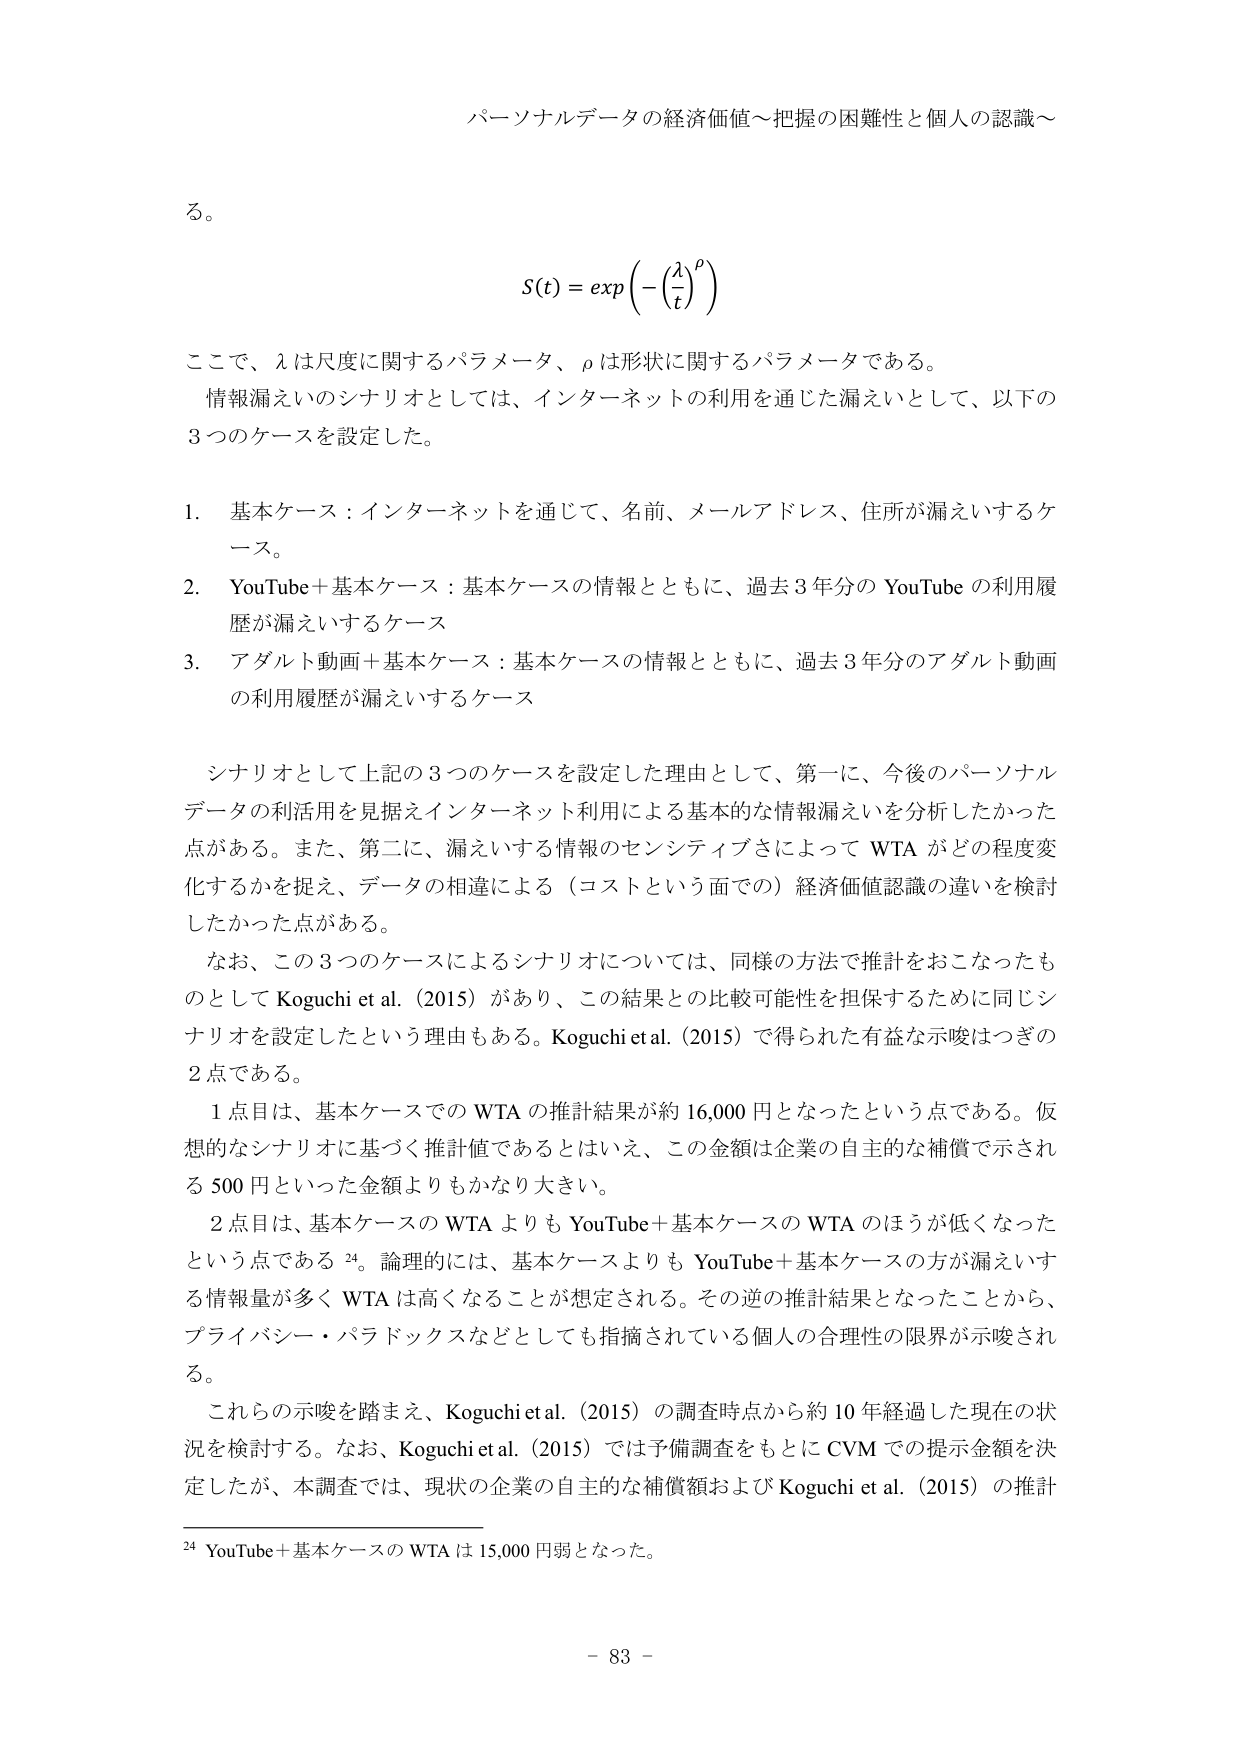
パーソナルデータの経済価値～把握の困難性と個人の認識～

る。

S(t) = exp(−(λ/t)^ρ)

ここで、λは尺度に関するパラメータ、ρは形状に関するパラメータである。

情報漏えいのシナリオとしては、インターネットの利用を通じた漏えいとして、以下の3つのケースを設定した。

1. 基本ケース：インターネットを通じて、名前、メールアドレス、住所が漏えいするケース。

2. YouTube＋基本ケース：基本ケースの情報とともに、過去3年分のYouTubeの利用履歴が漏えいするケース

3. アダルト動画＋基本ケース：基本ケースの情報とともに、過去3年分のアダルト動画の利用履歴が漏えいするケース

シナリオとして上記の3つのケースを設定した理由として、第一に、今後のパーソナルデータの利活用を見据えインターネット利用による基本的な情報漏えいを分析したかった点がある。また、第二に、漏えいする情報のセンシティブさによってWTAがどの程度変化するかを捉え、データの相違による（コストという面での）経済価値認識の違いを検討したかった点がある。

なお、この3つのケースによるシナリオについては、同様の方法で推計をおこなったものとしてKoguchi et al. (2015)があり、この結果との比較可能性を担保するために同じシナリオを設定したという理由もある。Koguchi et al. (2015)で得られた有益な示唆はつぎの2点である。

1点目は、基本ケースでのWTAの推計結果が約16,000円となったという点である。仮想的なシナリオに基づく推計値であるとはいえ、この金額は企業の自主的な補償で示される500円といった金額よりもかなり大きい。

2点目は、基本ケースのWTAよりもYouTube＋基本ケースのWTAのほうが低くなったという点である。論理的には、基本ケースよりもYouTube＋基本ケースの方が漏えいする情報量が多くWTAは高くなることが想定される。その逆の推計結果となったことから、プライバシー・パラドックスなどとしても指摘されている個人の合理性の限界が示唆される。

これらの示唆を踏まえ、Koguchi et al. (2015)の調査時点から約10年経過した現在の状況を検討する。なお、Koguchi et al. (2015)では予備調査をもとにCVMでの提示金額を決定したが、本調査では、現状の企業の自主的な補償額およびKoguchi et al. (2015)の推計

24 YouTube＋基本ケースのWTAは15,000円弱となった。

- 83 -